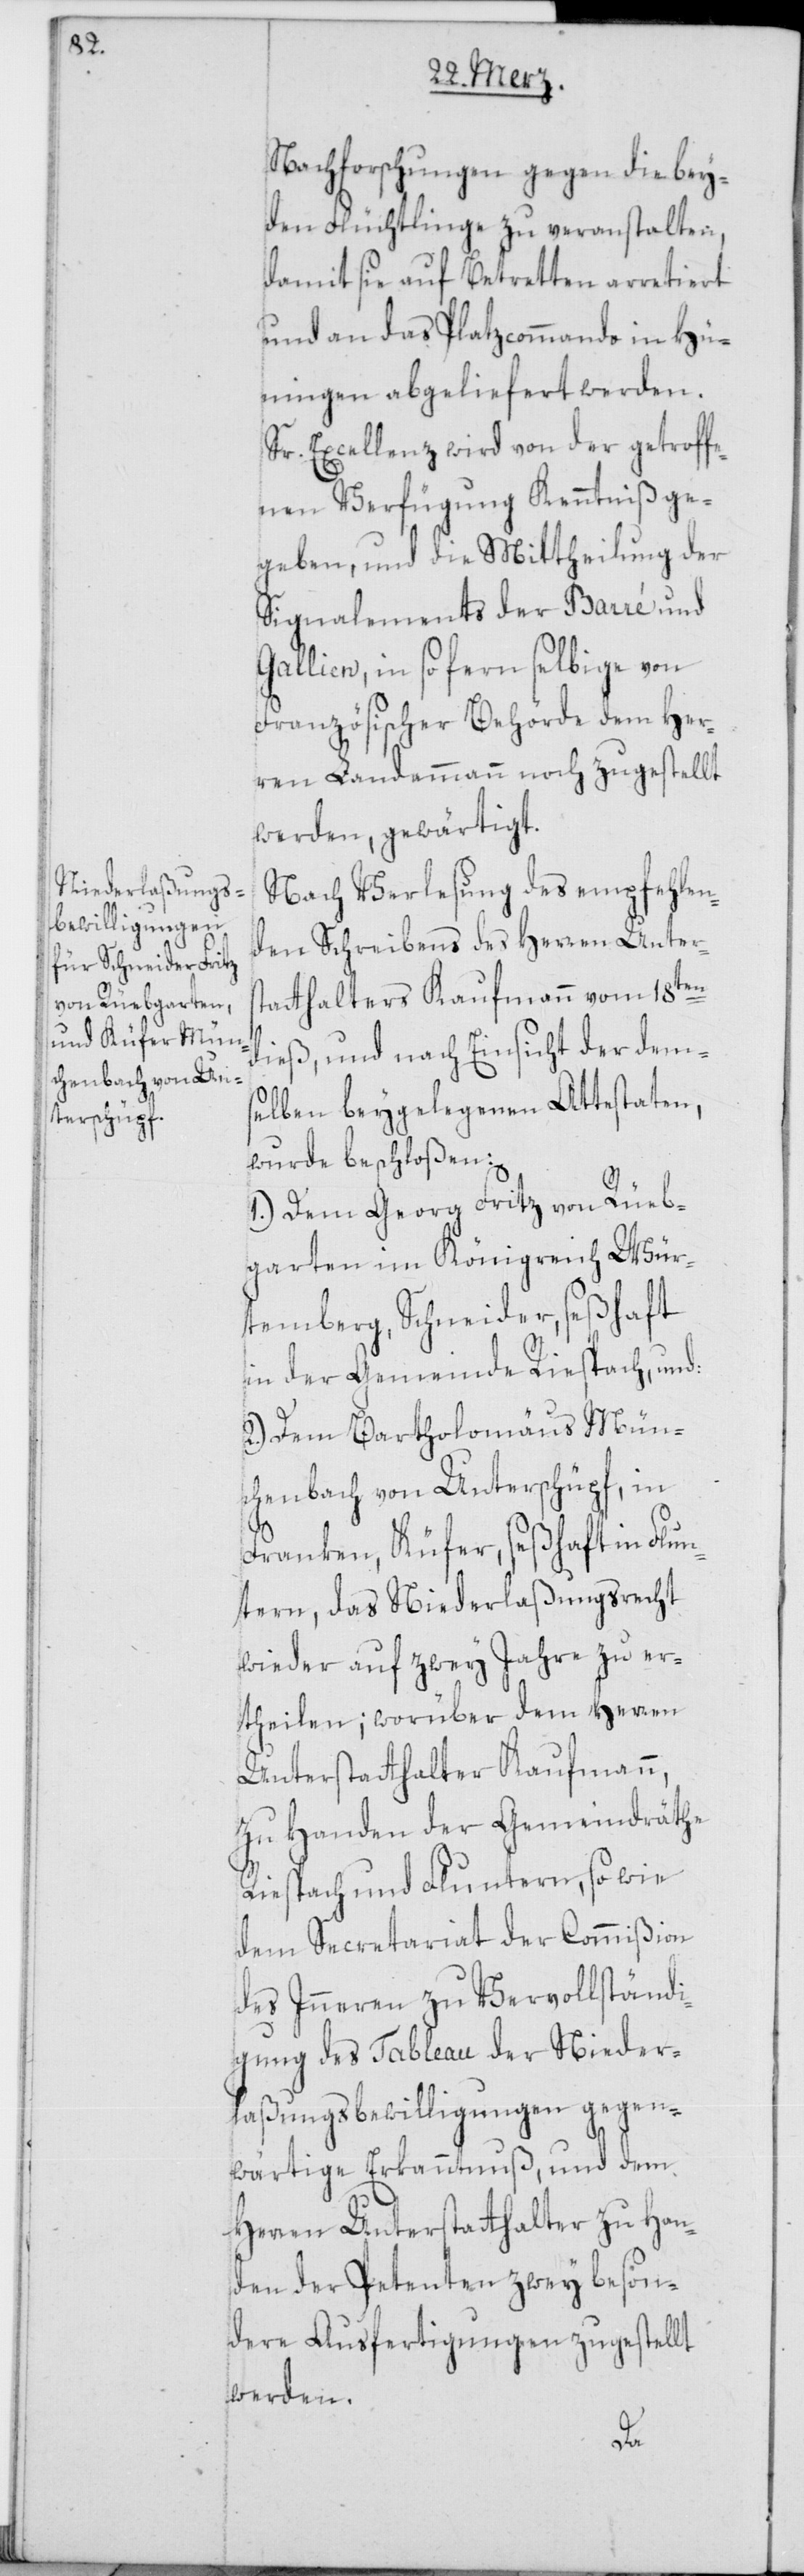
Nachforschungen gegen die bey¬
den Flüchtlinge zu veranstalten,
damit sie auf Betretten arretiert
und an das Platzcommando in Hü¬
ningen abgeliefert werden.
Sr. Excellenz wird von der getroffe¬
nen Verfügung Kenntniß ge¬
geben, und die Mittheilung der
Signalements der Barré und
Gallien, in so fern selbige von
Französischer Behörde dem Her¬
ren Landammann noch zugestellt
werden, gewärtigt.
Nach Verlesung des empfehlen¬
den Schreibens des Herren Unters¬
tatthalters Kaufmann vom 18ten
dieß, und nach Einsicht der dem¬
selben beygelegenen Attestaten,
wurde beschloßen:
1.) Dem Georg Fritz von Rüeb¬
garten im Königreich Wür¬
temberg, Schneider, seßhaft
in der Gemeinde Riespach, und:
2.) Dem Bartholomäus Mün¬
chenbach von Unterschüpf, in
Franken, Küfer, seßhaft in Flun¬
tern, das Niederlaßungsrecht
wieder auf zwey Jahre zu er¬
theilen; worüber dem Herren
Unterstatthalter Kaufmann,
zu Handen der Gemeindräte
Riespach und Fluntern, so wie
dem Secretariat der Commißion
des Inneren zu Vervollständi¬
gung des Tableau der Nieder¬
laßungsbewilligungen gegen¬
wärtige Erkanntnuß, und dem
Herren Unterstatthalter zu Han¬
den der Petenten zwey beson¬
dere Ausfertigungen zugestellt
werden.